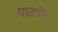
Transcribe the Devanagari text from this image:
पाठपेंच